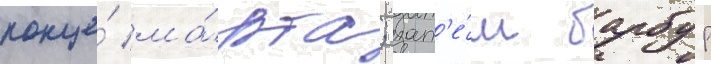
конце́ ма́рта; зат'е́м барбур